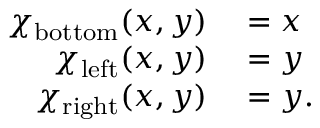
\begin{array} { r l } { \chi _ { \mathrm { b o t t o m } } ( x , y ) } & { { } = x } \\ { \chi _ { \mathrm { l e f t } } ( x , y ) } & { { } = y } \\ { \chi _ { \mathrm { r i g h t } } ( x , y ) } & { { } = y . } \end{array}